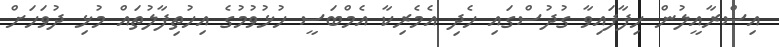
އިސްރާއީލުން ހިފާފައިވާ ގުދުސްގައި ހެދި އެމެރިކާ އެމްބަސީ ހުޅުވުމުގެ އިހުތިފާލުތައް މުޅި ދުވަހަށް